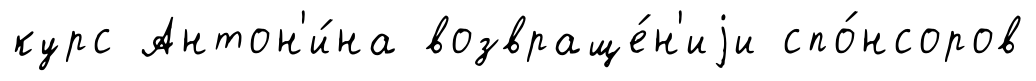
курс Антон'и́на возвраще́н'иjи спо́нсоров